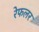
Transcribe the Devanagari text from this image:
रेफलर